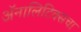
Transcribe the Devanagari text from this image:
ॲनालिटिक्सचा